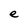
Character: e